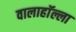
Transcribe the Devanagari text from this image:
वालाहाॅल्ला